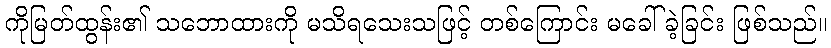
ကိုမြတ်ထွန်း၏ သဘောထားကို မသိရသေးသဖြင့် တစ်ကြောင်း မခေါ်ခဲ့ခြင်း ဖြစ်သည်။